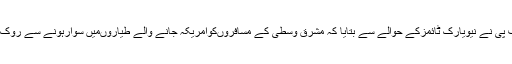
اے ایف پی نے نیویارک ٹائمزکے حوالے سے بتایا کہ مشرق وسطیٰ کے مسافروںکوامریکہ جانے والے طیاروںمیں سوارہونے سے روک دیاگیا۔